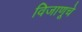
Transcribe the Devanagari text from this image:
विजाणूचे